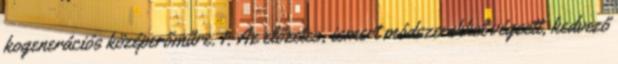
kogenerációs középerőműre. 1. Az előzetes, ismert módszerekkel végzett, kedvező